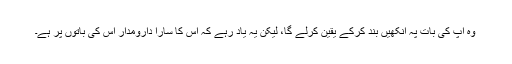
وہ آپ کی بات پہ آنکھیں بند کرکے یقین کرلے گا، لیکن یہ یاد رہے کہ اس کا سارا دارومدار اس کی باتوں پر ہے۔